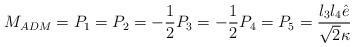
\begin{align*}M_{ADM} = P_1 = P_2 = - \frac12 P_3 = - \frac12 P_4= P_5 = \frac{l_3l_4\hat{e}}{\sqrt{2}\kappa}\end{align*}